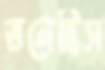
ডলেছিস